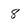
Character: 8